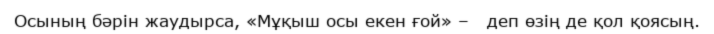
Осының бәрін жаудырса, «Мұқыш осы екен ғой» –   деп өзің де қол қоясың.